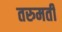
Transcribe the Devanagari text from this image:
तरुमती